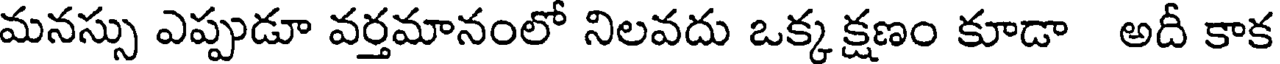
మనస్సు ఎప్పుడూ వర్తమానంలో నిలవదు ఒక్క క్షణం కూడా అదీ కాక